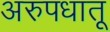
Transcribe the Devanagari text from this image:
अरुपधातू